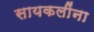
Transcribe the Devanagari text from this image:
सायकलींना